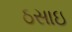
ઠસાઇ